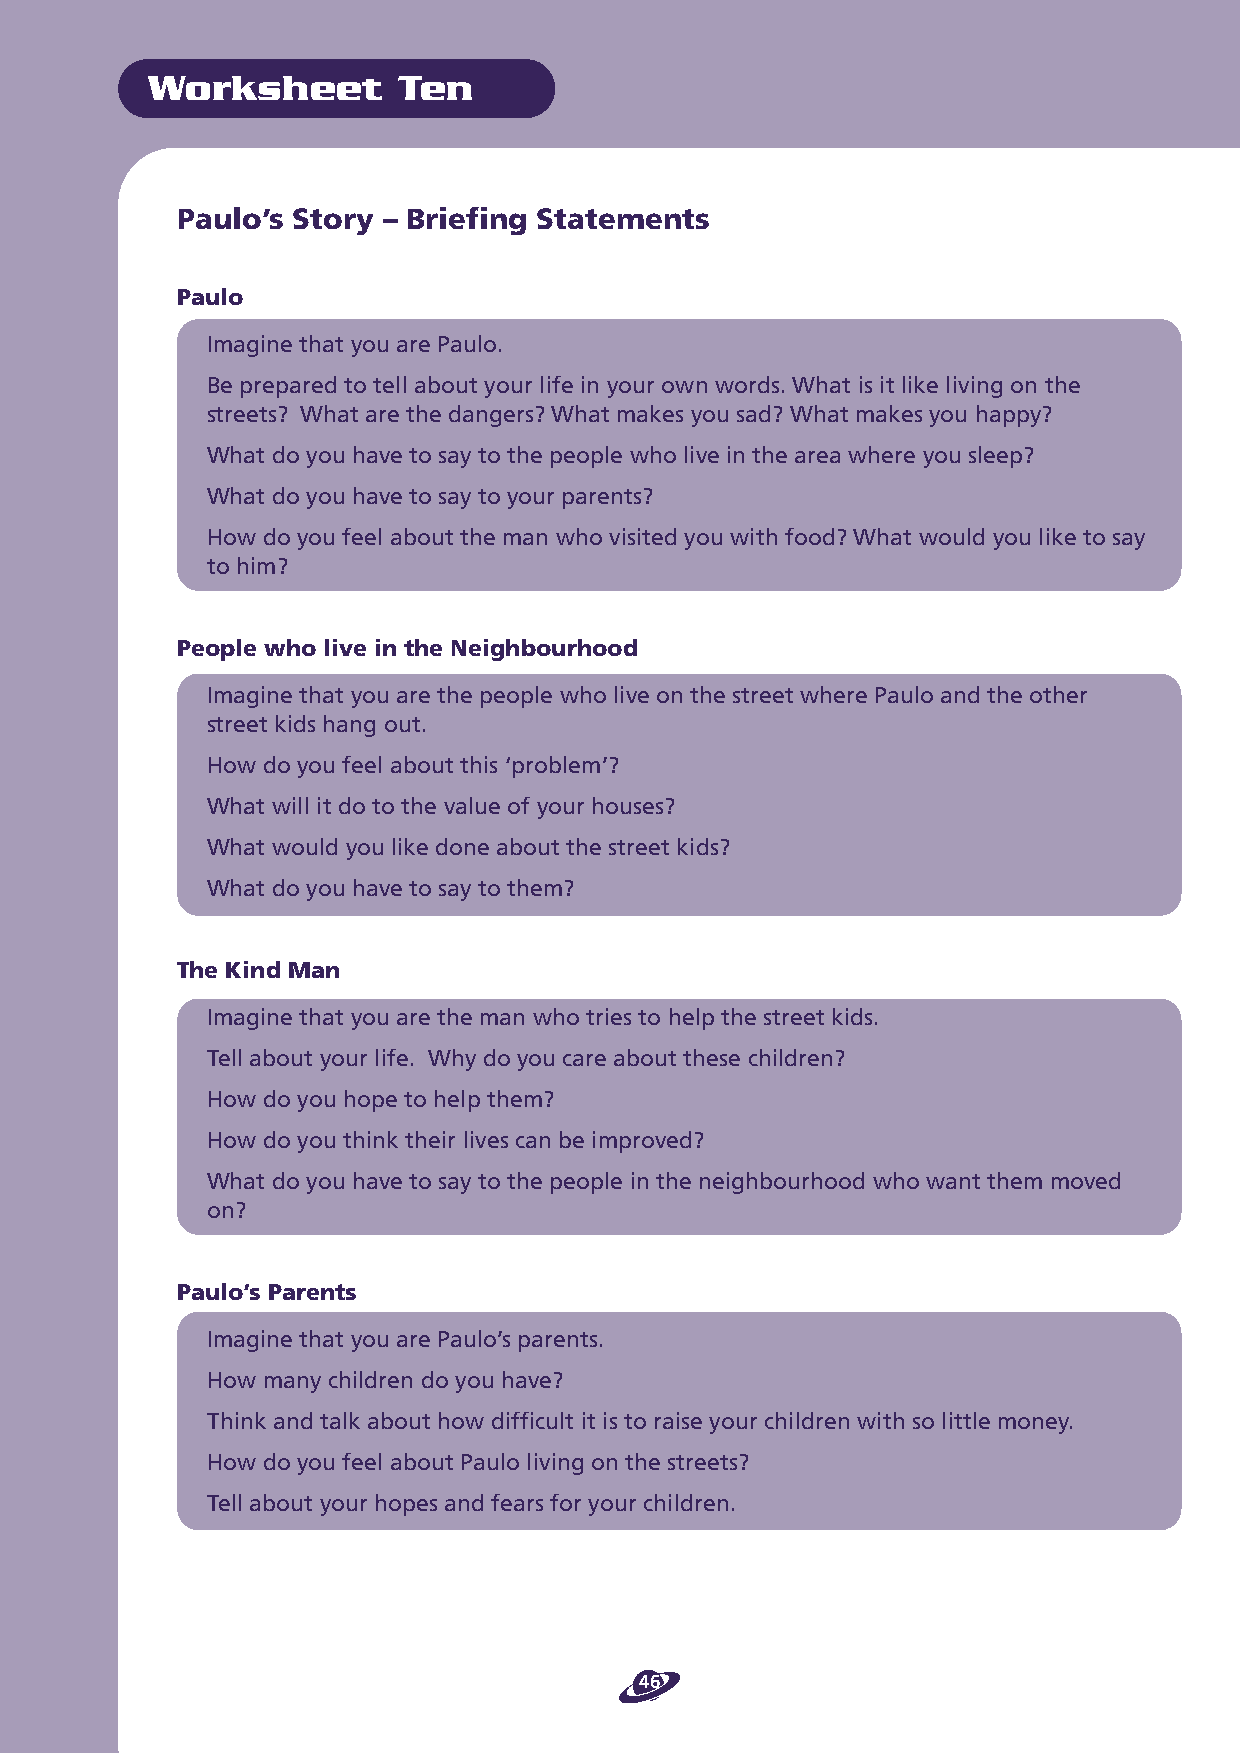
Worksheet       Ten
 Paulo’s Story – Briefing Statements
 Paulo
 Imagine that you are Paulo.
 Be prepared to tell about your life in your own words. What is it like living on the
 streets? What are the dangers? What makes you sad? What makes you happy?
 What do you have to say to the people who live in the area where you sleep?
 What do you have to say to your parents?
 How do you feel about the man who visited you with food? What would you like to say
 to him?
 People who live in the Neighbourhood
 Imagine that you are the people who live on the street where Paulo and the other
 street kids hang out.
 How do you feel about this ‘problem’?
 What will it do to the value of your houses?
 What would you like done about the street kids?
 What do you have to say to them?
 The Kind Man
 Imagine that you are the man who tries to help the street kids.
 Tell about your life. Why do you care about these children?
 How do you hope to help them?
 How do you think their lives can be improved?
 What do you have to say to the people in the neighbourhood who want them moved
 on?
 Paulo’s Parents
 Imagine that you are Paulo’s parents.
 How many children do you have?
 Think and talk about how difficult it is to raise your children with so little money.
 How do you feel about Paulo living on the streets?
 Tell about your hopes and fears for your children.
 46